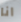
انا